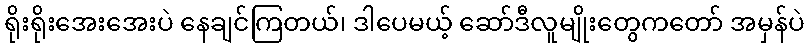
ရိုးရိုးအေးအေးပဲ နေချင်ကြတယ်၊ ဒါပေမယ့် ဆော်ဒီလူမျိုးတွေကတော် အမှန်ပဲ